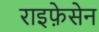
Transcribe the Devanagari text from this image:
राइफ़ेसेन